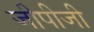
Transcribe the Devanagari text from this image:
जीपीजी